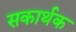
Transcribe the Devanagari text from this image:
सकार्थक